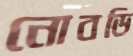
নোবডি